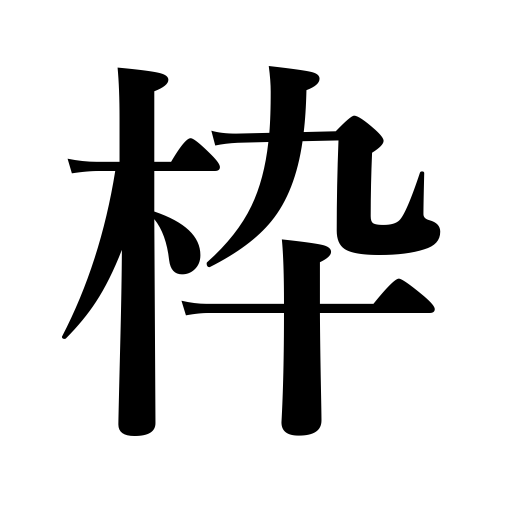
Meanings: box in printing,limit,frame,framework,spool,spindle,rim,reel